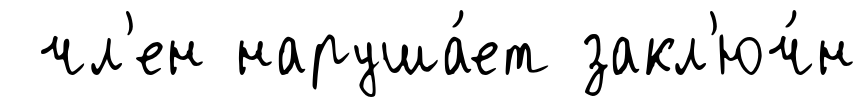
чл'ен наруша́ет закл'юч́н